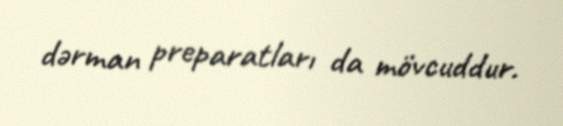
dərman preparatları da mövcuddur.